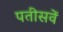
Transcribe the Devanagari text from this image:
पतीसवें